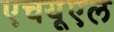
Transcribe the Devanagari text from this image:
एचयूएल